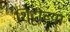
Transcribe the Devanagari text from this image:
शि्ट्टीच्या